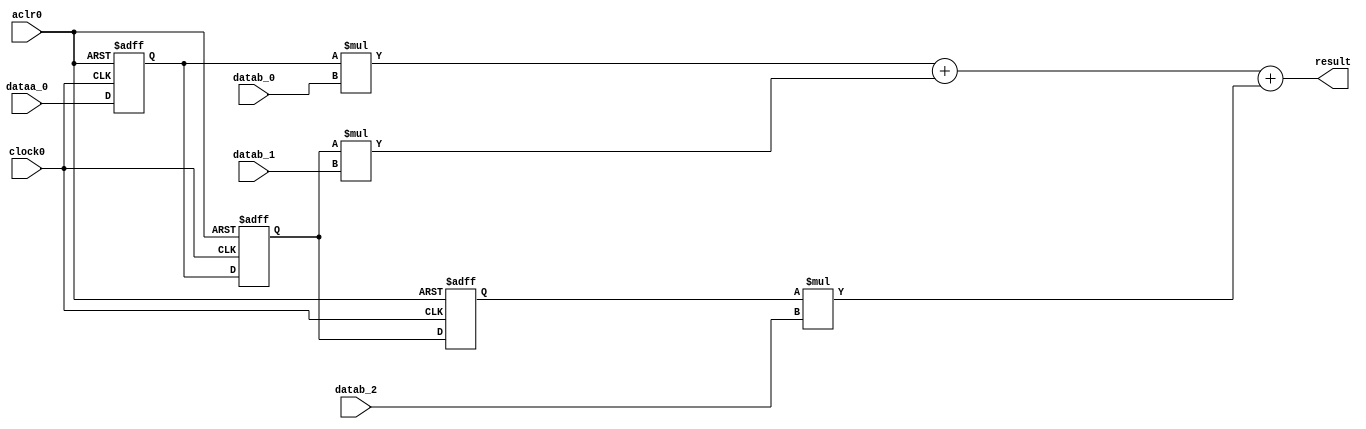

`timescale 1 ns / 10 ps
// synopsys translate_on
module MAC_C (
	aclr0,
	clock0,
	dataa_0,
	datab_0,
	datab_1,
	datab_2,
	result);

	input	  aclr0;
	input	  clock0;
	input	signed [7:0]  dataa_0;
	input	signed [7:0]  datab_0;
	input	signed [7:0]  datab_1;
	input	signed [7:0]  datab_2;
	output signed 	[17:0]  result;

reg signed [7:0]  data_a;
reg signed [7:0]  data_b;
reg signed [7:0]  data_c;

always @(posedge clock0 or negedge aclr0)
begin

 if (!aclr0) begin
   data_a <= 8'b0;
   data_b <= 8'b0;
   data_c <= 8'b0;
  end


 else
  begin
   data_a <= dataa_0;
   data_b <= data_a;
   data_c <= data_b;

 end

end



assign result = data_a*datab_0 + data_b*datab_1 + data_c*datab_2 ;

endmodule